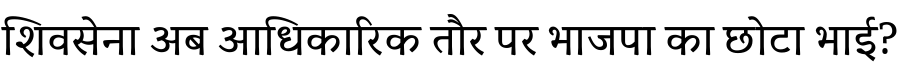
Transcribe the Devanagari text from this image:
शिवसेना अब आधिकारिक तौर पर भाजपा का छोटा भाई?